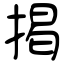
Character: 掲